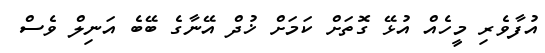
އުފާވެރި މީހެއް އުޅޭ ގޮތަށް ކަމަށް ޚުދް އޭނާގެ ބޭބެ އަނިލް ވެސް